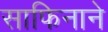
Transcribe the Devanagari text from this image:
साफिनाने